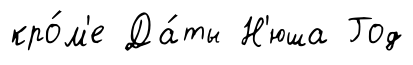
кро́м'е Да́ты Н'юша Год